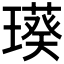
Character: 𤩸